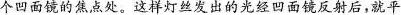
个凹面镜的焦点处。这样灯丝发出的光经凹面镜反射后，就平